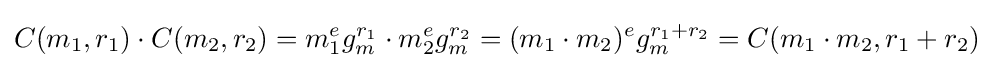
C(m_{1},r_{1})\cdot C(m_{2},r_{2})=m_{1}^{e}g_{m}^{r_{1}}\cdot m_{2}^{e}g_{m}^{r_{2}}=(m_{1}\cdot m_{2})^{e}g_{m}^{r_{1}+r_{2}}=C(m_{1}\cdot m_{2},r_{1}+r_{2})